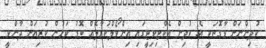
ކުދިންނަށް ވާގޮތަކީ އެ ކުދިން އެކްޓިވިޓީގައި އިންވޯލްކުރާލެއް ބޮޑު ކަމުން ކުރިއަށް ދާންވީ